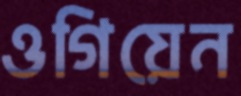
ওগিয়েন